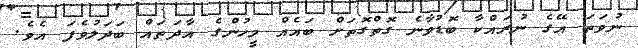
ނުވަތަ އޭގެ ނުރައްކާ ބޮޑުވާނެ ގޮތްގޮތަށް ބައެއް މީހުންގެ އާދަތައް ބަދަލުވެފަ އެވެ.